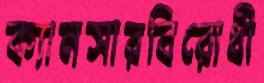
ক্যানসারবিরোধী